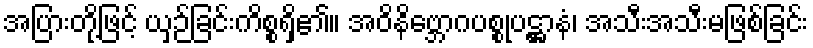
အပြားတို့ဖြင့် ယှဉ်ခြင်းကိစ္စရှိ၏။ အဝိနိဗ္ဘောဂပစ္စုပဋ္ဌာနံ၊ အသီးအသီးမဖြစ်ခြင်း